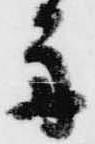
舟